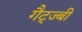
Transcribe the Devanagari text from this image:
गैट्ज्बी